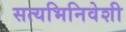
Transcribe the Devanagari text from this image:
सत्यभिनिवेशी